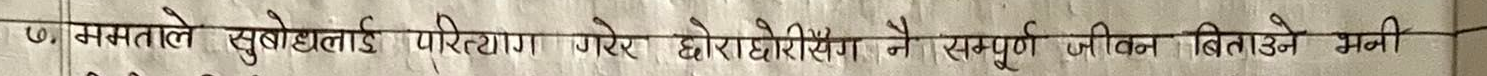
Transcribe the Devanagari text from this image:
७. ममताले सुबोधलाई परित्याग गरे छोरी खेंगले नै सम्पुर्ण जीवन बिताउने भनी